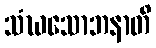
သံဃသောဘနာတိ